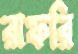
রাফরি